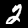
Digit: 2